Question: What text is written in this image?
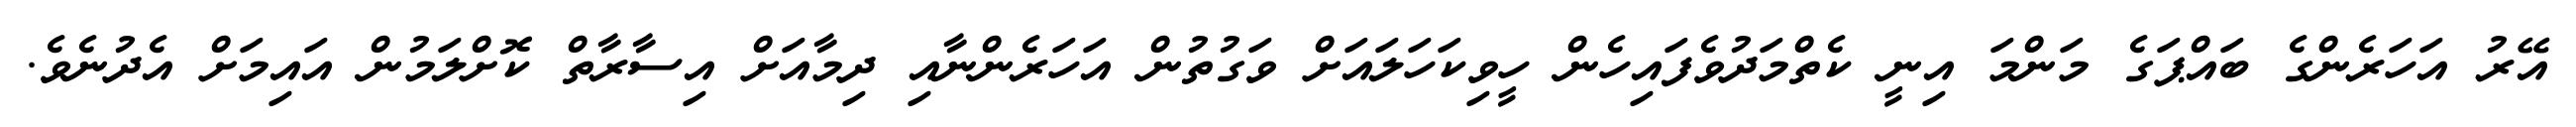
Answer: އޭރު އަހަރެންގެ ބައްޕަގެ މަންމަ އިނީ ކެތްމަދުވެފައިހެން ހީވިކަހަލައަށް ވަގުތުން އަހަރެންނާއި ދިމާއަށް އިސާރާތް ކޮށްލަމުން އައިމަށް އެދުނެވެ.